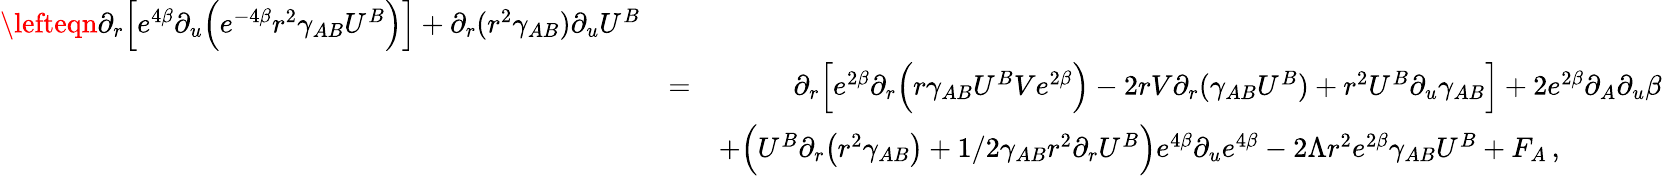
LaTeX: \begin{array}{rlr}{\lefteqn{\partial_{r}\Big[e^{4\beta}\partial_{u}\Big(e^{-4\beta}r^{2}\gamma_{AB}U^{B}\Big)\Big]+\partial_{r}(r^{2}\gamma_{AB})\partial_{u}U^{B}}}&{}&\\ &{=}&{\partial_{r}\Big[e^{2\beta}\partial_{r}\Big(r\gamma_{AB}U^{B}Ve^{2\beta}\Big)-2rV\partial_{r}(\gamma_{AB}U^{B})+r^{2}U^{B}\partial_{u}\gamma_{AB}\Big]+2e^{2\beta}\partial_{A}\partial_{u}\beta}\\ &{}&{+\Big(U^{B}\partial_{r}\big(r^{2}\gamma_{AB}\big)+1/2\gamma_{AB}r^{2}\partial_{r}U^{B}\Big)e^{4\beta}\partial_{u}e^{4\beta}-2\Lambda r^{2}e^{2\beta}\gamma_{AB}U^{B}+F_{A}\, ,\phantom{xxxxxx}}\end{array}